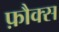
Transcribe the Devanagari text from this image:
फ़ौक्स